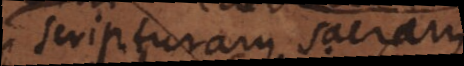
scripturam sacram,